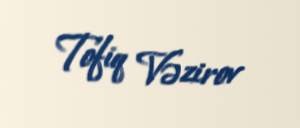
Tofiq Vəzirov